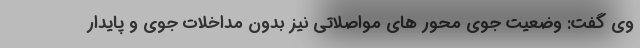
وی گفت: وضعیت جوی محور های مواصلاتی نیز بدون مداخلات جوی و پایدار